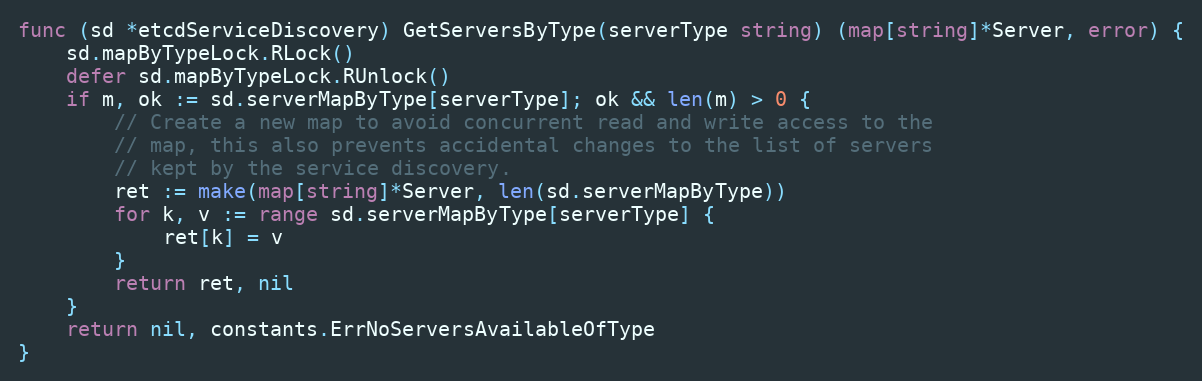
Language: Go
func (sd *etcdServiceDiscovery) GetServersByType(serverType string) (map[string]*Server, error) {
	sd.mapByTypeLock.RLock()
	defer sd.mapByTypeLock.RUnlock()
	if m, ok := sd.serverMapByType[serverType]; ok && len(m) > 0 {
		// Create a new map to avoid concurrent read and write access to the
		// map, this also prevents accidental changes to the list of servers
		// kept by the service discovery.
		ret := make(map[string]*Server, len(sd.serverMapByType))
		for k, v := range sd.serverMapByType[serverType] {
			ret[k] = v
		}
		return ret, nil
	}
	return nil, constants.ErrNoServersAvailableOfType
}